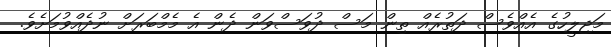
މަޖިލީހުގެ އެއްވެސް ދަތުރެއް ތިން މަސް ދުވަސްވަން ދެން އެ މެމްބަރަށް ނުދެއްވުމަށެވެ.